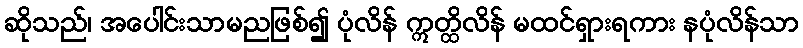
ဆိုသည်၊ အပေါင်းသာမညဖြစ်၍ ပုံလိန် ဣတ္ထိလိန် မထင်ရှားရကား နပုံလိန်သာ